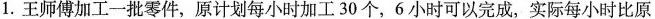
1.王师傅加工一批零件，原计划每小时加工30个，6小时可以完成，实际每小时比原